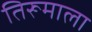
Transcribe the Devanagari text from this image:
तिरूमाला